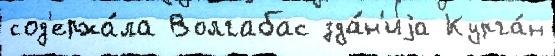
сод'ержа́ла Волгабас зда́н'иjа Курга́н